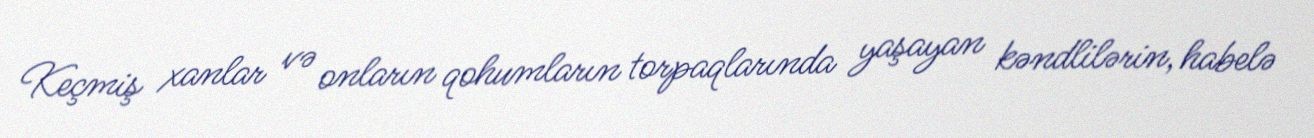
Keçmiş xanlar və onların qohumların torpaqlarında yaşayan kəndlilərin, habelə